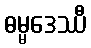
ဓမ္မဒေဿီ